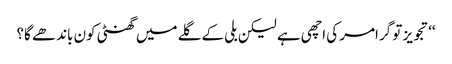
‘‘تجویز تو گرامر کی اچھی ہے لیکن بلی کے گلے میں گھنٹی کون باندھے گا؟